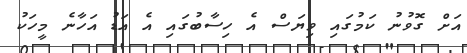
އަށް ގޮވުނު ކަމުގައި ވިޔަސް އެ ހިސާބުގައި އެ އަޑު އަހާނެ މީހަކު